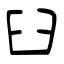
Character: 臼